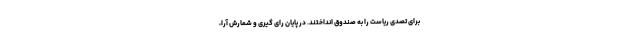
برای تصدی ریاست را به صندوق انداختند. در پایان رای گیری و شمارش آرا،